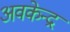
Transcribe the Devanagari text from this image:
अवकेन्द्र